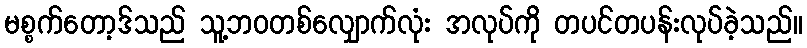
မစ္စက်တော့ဒ်သည် သူ့ဘဝတစ်လျှောက်လုံး အလုပ်ကို တပင်တပန်းလုပ်ခဲ့သည်။